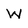
Character: W